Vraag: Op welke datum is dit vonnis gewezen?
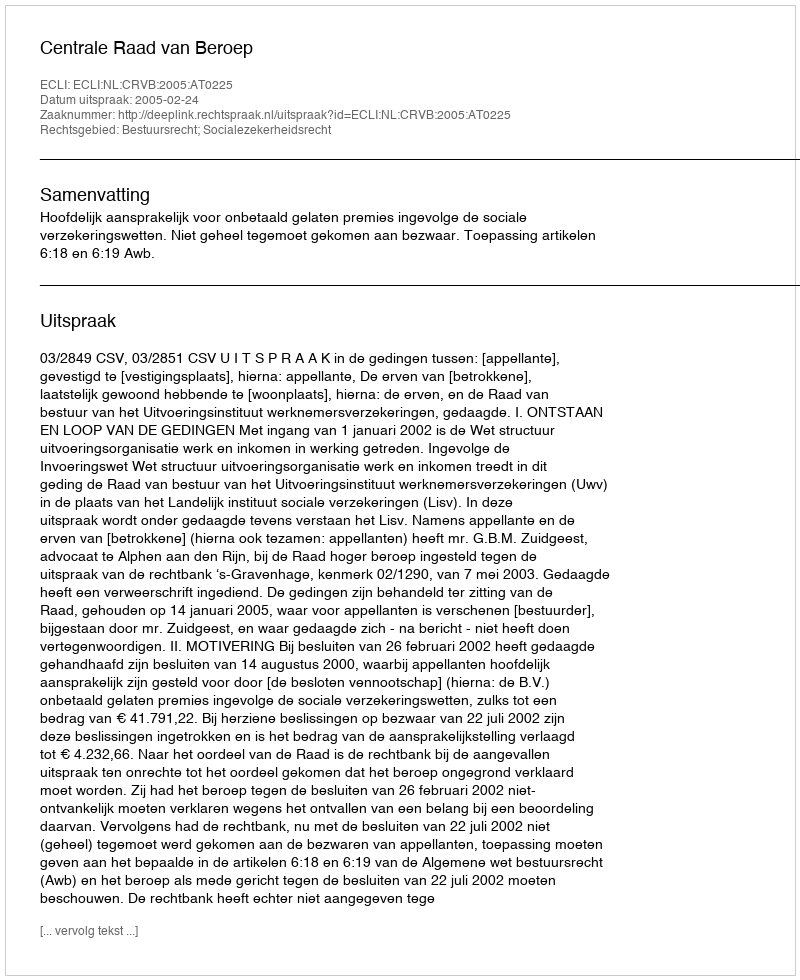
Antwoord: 2005-02-24